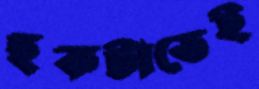
ছকটাতেই